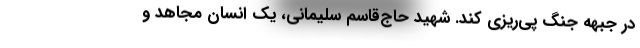
در جبهه جنگ پی‌ریزی کند. شهید حاج‌قاسم سلیمانی، یک انسان مجاهد و